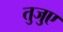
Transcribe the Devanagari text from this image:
तुजुए